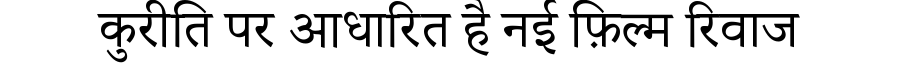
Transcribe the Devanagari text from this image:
कुरीति पर आधारित है नई फ़िल्म रिवाज